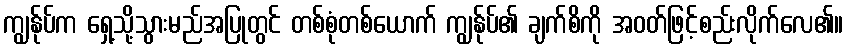
ကျွန်ုပ်က ရှေ့သို့သွားမည်အပြုတွင် တစ်စုံတစ်ယောက် ကျွန်ုပ်၏ ချက်စိကို အဝတ်ဖြင့်စည်းလိုက်လေ၏။